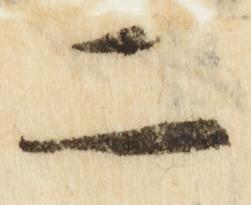
二